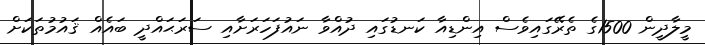
މީލާދީން 1500ގެ ތެރޭގައިވެސް އިންޑިއާ ކަނޑުގައި ދުއްވާ ނައުފަހަރަށާއި ސަރަޙައްދީ ބައެއް ޤައުމުތަކަށް